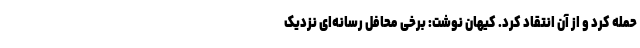
حمله کرد و از آن انتقاد کرد. کیهان نوشت: برخی محافل رسانه‌ای نزدیک